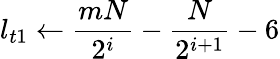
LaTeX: l_{t1}\gets\frac{mN}{2^{i}}-\frac{N}{2^{i+1}}-6